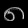
Digit: ၈